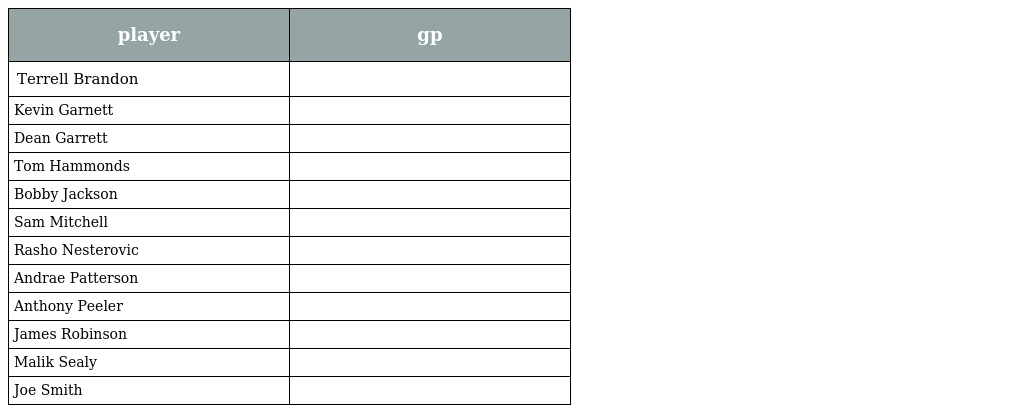
| player | gp |
 | --- | --- |
 | Terrell Brandon |  |
 | Kevin Garnett |  |
 | Dean Garrett |  |
 | Tom Hammonds |  |
 | Bobby Jackson |  |
 | Sam Mitchell |  |
 | Rasho Nesterovic |  |
 | Andrae Patterson |  |
 | Anthony Peeler |  |
 | James Robinson |  |
 | Malik Sealy |  |
 | Joe Smith |  |